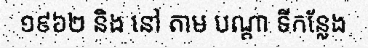
១៩៦២ និង នៅ តាម បណ្តា ទីកន្លែង